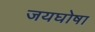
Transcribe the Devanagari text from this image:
जयघोषा